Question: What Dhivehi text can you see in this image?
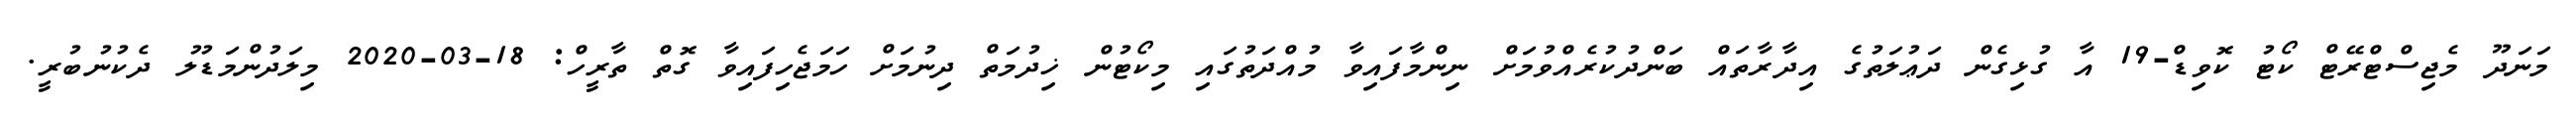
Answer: މަނަދޫ މެޖިސްޓްރޭޓް ކޯޓު ކޮވިޑް-19 އާ ގުޅިގެން ދަޢުލަތުގެ އިދާރާތައް ބަންދުކުރެއްވުމަށް ނިންމާފައިވާ މުއްދަތުގައި މިކޯޓުން ޚިދުމަތް ދިނުމަށް ހަމަޖެހިފައިވާ ގޮތް ތާރީހް: 18-03-2020 މިލަދުންމަޑުލު ދެކުނުބުރީ.